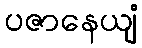
ပဇာနေယျံ